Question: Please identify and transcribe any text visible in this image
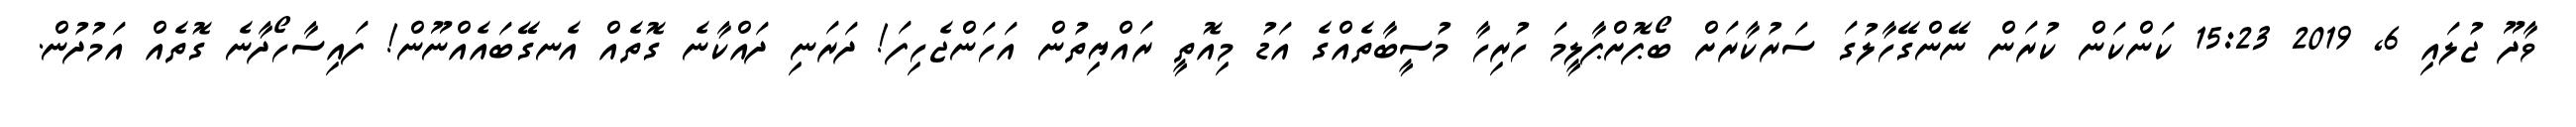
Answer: ވާދޫ ޖުލައި 6, 2019 15:23 ކަންކަން ކުރަން ނޭންގޭހާލުގަ ސަރުކާރަށް ބޯޕޮށްޕާލީމަ ހުރިހާ މުސީބާތެއްގެ އަޑު މިއޮތީ ރައްޔިތުން އަހަންޖެހިފަ! ދަރަނި ދައްކާނެ ގޮތެއް އެނގޭބައެއްނޫން! ފައިސާހޯދާނެ ގޮތެއް އަމުދުން.